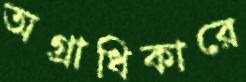
অগ্রাধিকারে